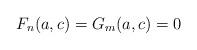
LaTeX: \begin{align*}F_n(a,c) = G_m(a,c) = 0\end{align*}